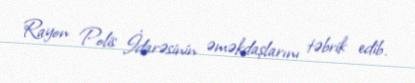
Rayon Polis İdarəsinin əməkdaşlarını təbrik edib.